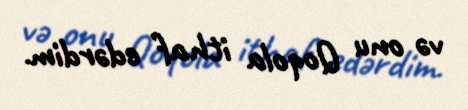
və onu Qoqola ithaf edərdim.